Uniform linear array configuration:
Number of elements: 12
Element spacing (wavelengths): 0.75
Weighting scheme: hamming
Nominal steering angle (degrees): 15
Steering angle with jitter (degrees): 16.801
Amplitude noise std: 0.05
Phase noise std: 0.05

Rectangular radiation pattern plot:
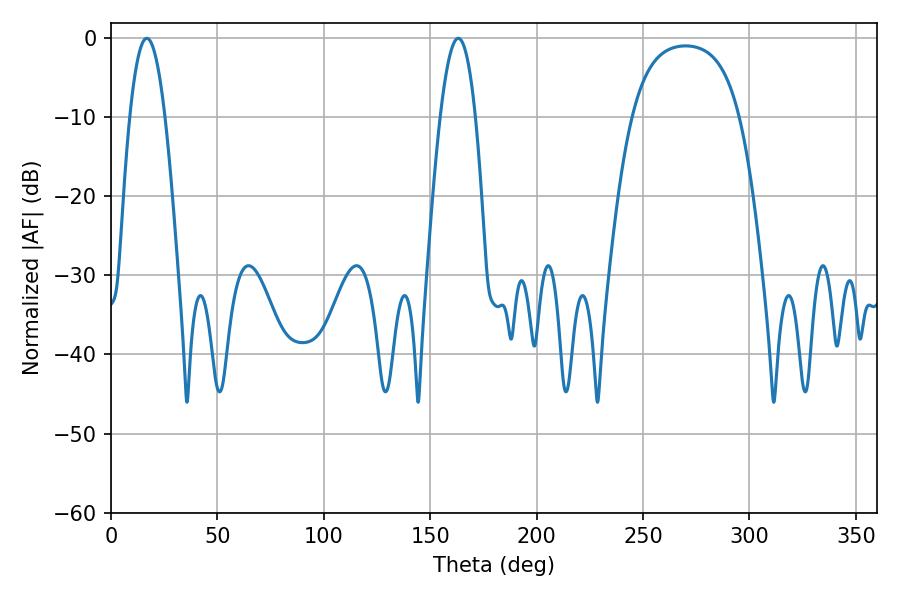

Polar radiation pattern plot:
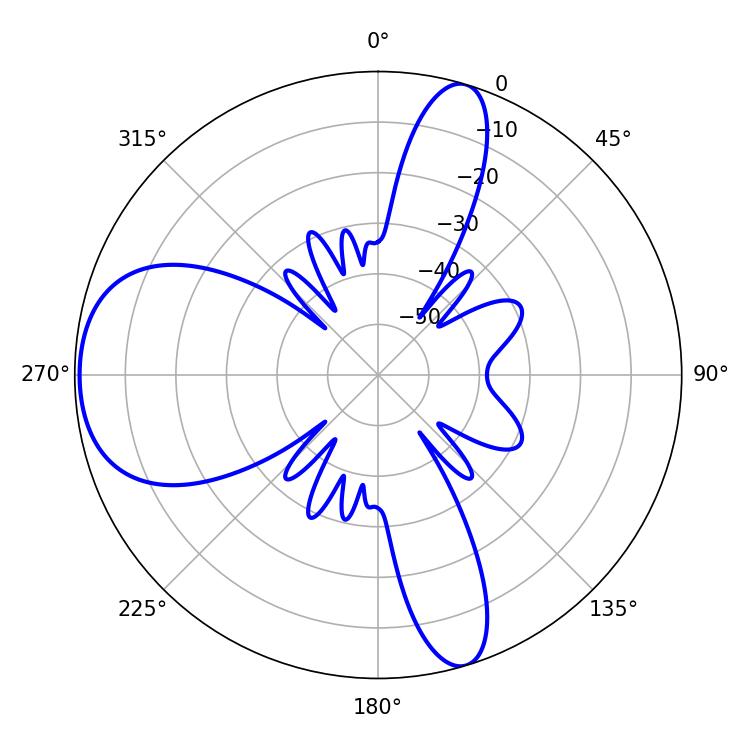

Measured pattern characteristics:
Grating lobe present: TRUE
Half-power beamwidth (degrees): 9
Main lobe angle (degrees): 16.74